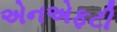
એનએફટી